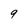
Character: 9